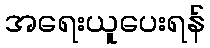
အရေးယူပေးရန်